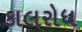
કાલરોધ